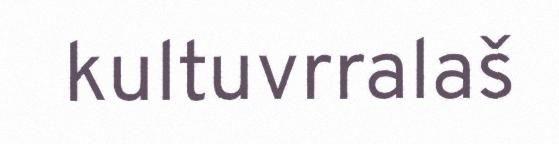
kultuvrralaš